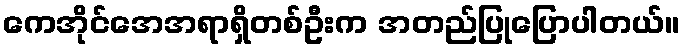
ကေအိုင်အေအရာရှိတစ်ဦးက အတည်ပြုပြောပါတယ်။